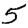
Digit: 5